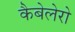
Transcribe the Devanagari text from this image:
कैबेलेरो